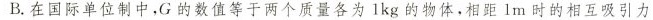
B. 在国际单位制中，G 的数值等于两个质量各为 1kg 的物体，相距 1m 时的相互吸引力